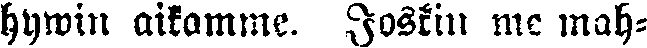
hywin aikamme. Joskin me mah-